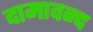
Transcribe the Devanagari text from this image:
दामावन्द